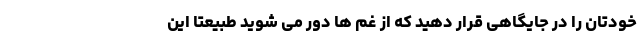
خودتان را در جایگاهی قرار دهید که از غم ها دور می شوید طبیعتا این